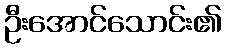
ဦးအောင်သောင်း၏